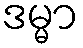
ဒမ္မာ